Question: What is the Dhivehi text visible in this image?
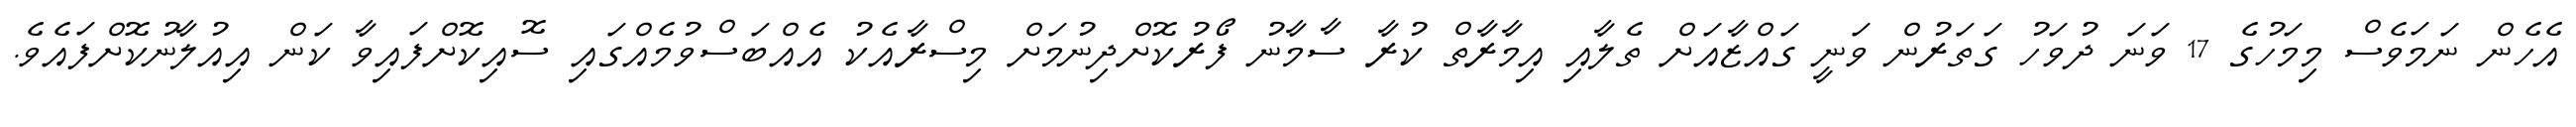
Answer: އެހެން ނަމަވެސް މިމަހުގެ 17 ވަނަ ދުވަހު ގަތަރުން ވަނީ ގައްޒާއަށް ތެލާއި އިމާރާތް ކުރާ ސާމާނު ފޯރުކޮށްދިނުމަށް މިސްރާއެކު އެއްބަސްވުމެއްގައި ސޮއިކޮށްފައިވާ ކަން އިއުލާނުކޮށްފައެވެ.